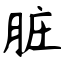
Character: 脏